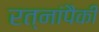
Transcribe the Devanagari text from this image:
रत्नांपैकी